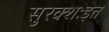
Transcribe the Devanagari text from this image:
सुरक्शःइत